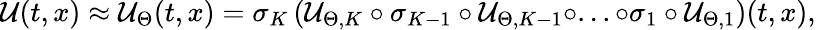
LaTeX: \mathcal{U}(t,x)\approx\mathcal{U}_{\Theta}(t,x)=\sigma_{K}\left(\mathcal{U}_{\Theta,K}\circ\sigma_{K-1}\circ\mathcal{U}_{\Theta,K-1}\circ...\circ\sigma_{1}\circ\mathcal{U}_{\Theta,1}\right)(t,x),